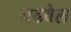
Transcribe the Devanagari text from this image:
चढवेल